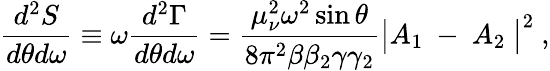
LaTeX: {\frac{d^{2}S}{d\theta d\omega}}\equiv\omega{\frac{d^{2}\Gamma}{d\theta d\omega}}={\frac{\mu_{\nu}^{2}\omega^{2}\sin\theta}{8\pi^{2}\beta\beta_{2}\gamma\gamma_{2}}}\bigl|A_{1}\ -\ A_{2}\ \bigr|^{2}\ ,